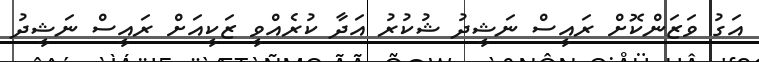
އަގު ވަޒަންކޮށް ރައީސް ނަޝީދު ޝުކުރު އަދާ ކުރެއްވީ ޒަކީއަށް ރައީސް ނަޝީދު